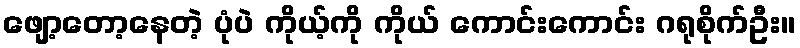
ဖျော့တော့နေတဲ့ ပုံပဲ ကိုယ့်ကို ကိုယ် ကောင်းကောင်း ဂရုစိုက်ဦး။